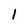
Character: 1